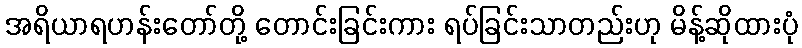
အရိယာရဟန်းတော်တို့ တောင်းခြင်းကား ရပ်ခြင်းသာတည်းဟု မိန့်ဆိုထားပုံ